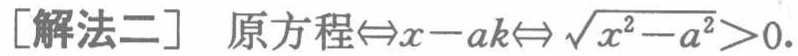
[解法二] 原方程$\Leftrightarrow x - ak\Leftrightarrow\sqrt{x^{2}-a^{2}}>0$.